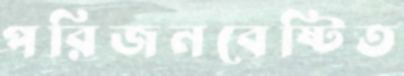
পরিজনবেষ্টিত